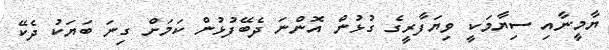
ޔާމީނާއި ސިޔާމަކީ ވިޔަފާރީގެ ގުޅުން އޮންނަ ދެބޭފުޅުން ކަމަށް ގިނަ ބަޔަކު ދެކޭ